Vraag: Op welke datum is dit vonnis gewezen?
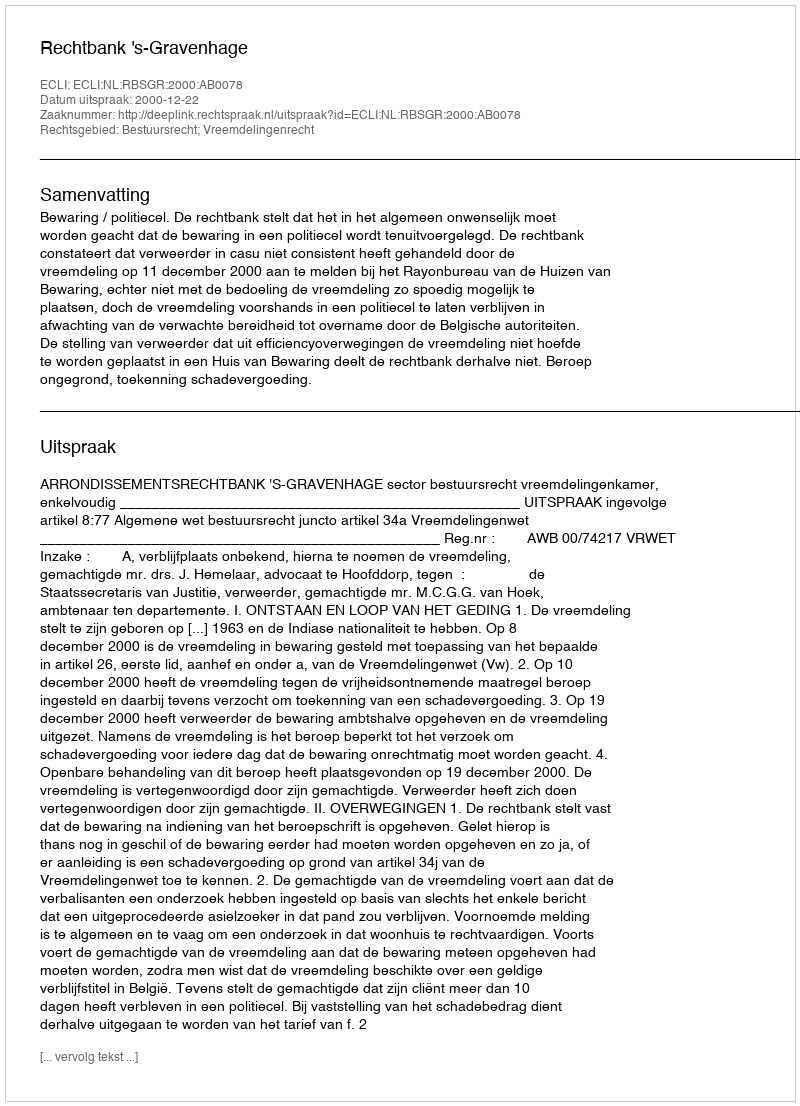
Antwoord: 2000-12-22